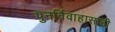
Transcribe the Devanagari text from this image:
पुनर्विवाहासाठी